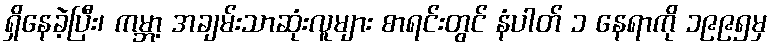
ရှိနေခဲ့ပြီး၊ ကမ္ဘာ့ အချမ်းသာဆုံးလူများ စာရင်းတွင် နံပါတ် ၁ နေရာကို ၁၉၉၅မှ